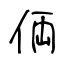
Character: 𠈓